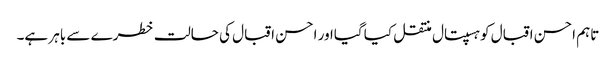
تاہم احسن اقبال کوہسپتال منتقل کیا گیااور احسن اقبال کی حالت خطرے سے باہر ہے۔